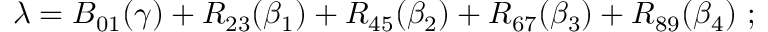
\lambda = B _ { 0 1 } ( \gamma ) + R _ { 2 3 } ( \beta _ { 1 } ) + R _ { 4 5 } ( \beta _ { 2 } ) + R _ { 6 7 } ( \beta _ { 3 } ) + R _ { 8 9 } ( \beta _ { 4 } ) ~ ;